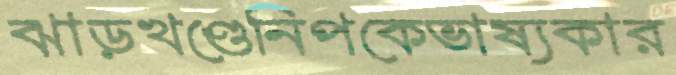
ঝাড়খণ্ডেনিপকেভাষ্যকার